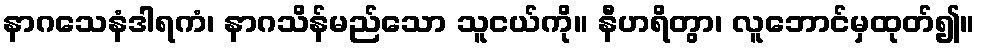
နာဂသေနံဒါရကံ၊ နာဂသိန်မည်သော သူငယ်ကို။ နီဟရိတွာ၊ လူဘောင်မှထုတ်၍။